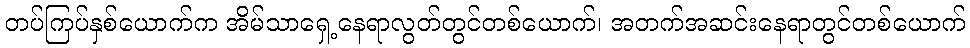
တပ်ကြပ်နှစ်ယောက်က အိမ်သာရှေ့နေရာလွတ်တွင်တစ်ယောက်၊ အတက်အဆင်းနေရာတွင်တစ်ယောက်